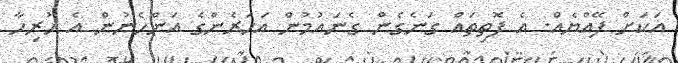
އަކަށް ފޭއްޔެއް. އެ ފޮތިތައް ގަނެގެން ގެނައުމުން އަހަރެންގެ އަންހެނުން އެ ހުރިހާ